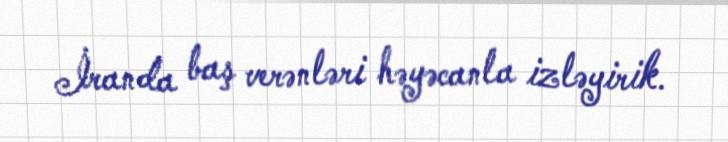
İranda baş verənləri həyəcanla izləyirik.